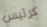
كرئيس